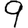
Digit: 9